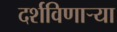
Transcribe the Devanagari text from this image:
दर्शविणार्‍या